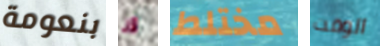
بنعومة قد مختلط الوقت